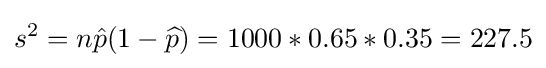
s^{2}=n{\hat {p}}(1-{\widehat {p}})=1000*0.65*0.35=227.5